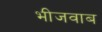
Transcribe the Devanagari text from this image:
भीजवाब